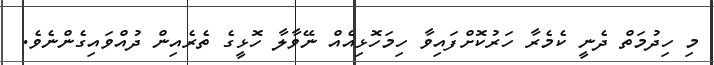
މި ހިދުމަތް ދެނީ ކެމެރާ ހަރުކޮށްފައިވާ ހިމަހޮޅިއެއް ނޭވާލާ ހޮޅީގެ ތެރެއިން ދުއްވައިގެންނެވެ.